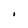
Character: I